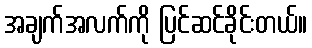
အချက်အလက်ကို ပြင်ဆင်ခိုင်းတယ်။